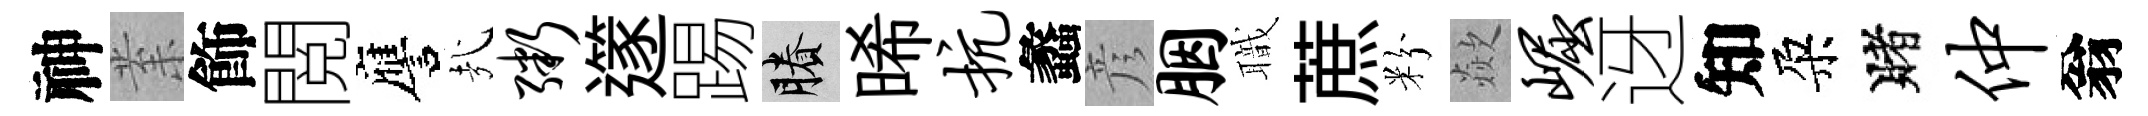
神𭪙飾閲譍㢤粥𨗹踢賸晞抗蠡彦胭職蔗粉歘崛迓知朶賭仲翁